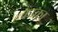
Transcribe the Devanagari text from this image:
कप्का